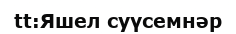
tt:Яшел суүсемнәр